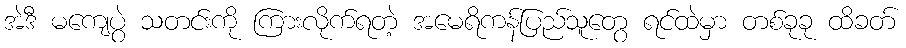
အဲဒီ မကျေပွဲ သတင်းကို ကြားလိုက်ရတဲ့ အမေရိကန်ပြည်သူတွေ ရင်ထဲမှာ တစ်ခုခု ထိခတ်